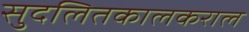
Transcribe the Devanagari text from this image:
सुदलितकालकराल